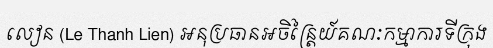
លៀន (Le Thanh Lien) អនុប្រធានអចិន្ត្រៃយ៍គណៈកម្មាការទីក្រុង